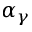
\alpha _ { \gamma }